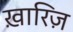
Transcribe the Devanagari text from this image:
ख़ारिज़